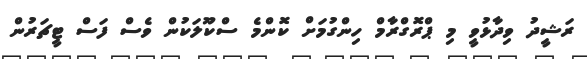
ރަޝީދު ވިދާޅުވީ މި ޕްރޮގްރާމް ހިންގުމަށް ކޮންމެ ސްކޫލަކުން ވެސް ފަސް ޓީޗަރުން